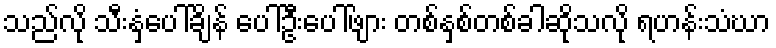
သည်လို သီးနှံပေါ်ချိန် ပေါ်ဦးပေါ်ဖျား တစ်နှစ်တစ်ခါဆိုသလို ရဟန်းသံဃာ